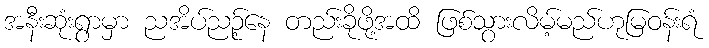
အနီးဆုံးရွာမှာ ညအိပ်ညဉ့်နေ တည်းခိုဖို့အထိ ဖြစ်သွားလိမ့်မည်ဟုမြဝန်းရံ